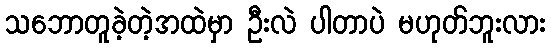
သဘောတူခဲ့တဲ့အထဲမှာ ဦးလဲ ပါတာပဲ မဟုတ်ဘူးလား